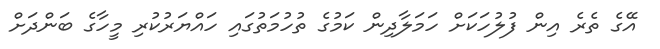
އޭގެ ތެރެ އިން ފުލުހަކަށް ހަމަލާދިން ކަމުގެ ތުހުމަތުގައި ހައްޔަރުކުރި މީހާގެ ބަންދަށް